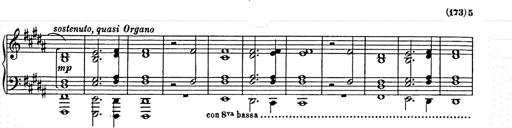
Title: Unstern!
Composer: Franz Liszt